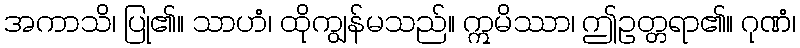
အကာသိ၊ ပြု၏။ သာဟံ၊ ထိုကျွန်မသည်။ ဣမိဿာ၊ ဤဥတ္တရာ၏။ ဂုဏံ၊